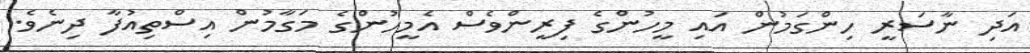
އަދި ނާސަރީ ހިންގަމުން އައި މީހުންގެ ފިރީންވެސް އެމީހުންގެ މަގާމުން އިސްތިއުފާ ދިނެވެ.